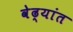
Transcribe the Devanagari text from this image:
वेढ्यांत